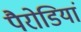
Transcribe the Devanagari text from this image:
पैरोडियां